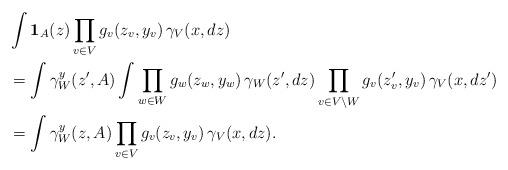
LaTeX: \begin{align*}&\int \mathbf{1}_A(z)\prod_{v\in V}g_v(z_v,y_v)\,\gamma_V(x,dz) \\&=\int \gamma_W^y(z',A)\int\prod_{w\in W}g_w(z_w,y_w)\,\gamma_W(z',dz)\prod_{v\in V\backslash W}g_v(z_v',y_v)\,\gamma_V(x,dz') \\&=\int \gamma_W^y(z,A)\prod_{v\in V}g_v(z_v,y_v)\,\gamma_V(x,dz).\end{align*}